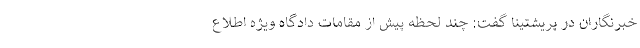
خبرنگاران در پریشتینا گفت: چند لحظه پیش از مقامات دادگاه ویژه اطلاع